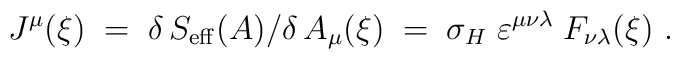
J^\mu (\xi) \;=\; \delta\,S_{\rm eff} (A) \big/ \delta\,A_\mu (\xi)\;=\; \sigma_H\; \varepsilon^{\mu\nu\lambda}\; F_{\nu\lambda} (\xi)~.